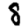
Digit: 8